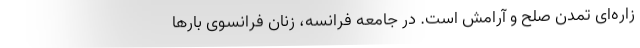
زاره‌ای تمدن صلح و آرامش است. در جامعه فرانسه، زنان فرانسوی بارها